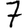
Digit: 7